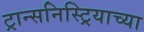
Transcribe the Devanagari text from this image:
ट्रान्सनिस्ट्रियाच्या